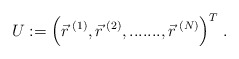
\begin{align*}U := \Big( \vec{r}^{\;(1)},\vec{r}^{\;(2)}, .......,\vec{r}^{\;(N)} \Big)^T \; .\end{align*}